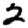
Digit: 2